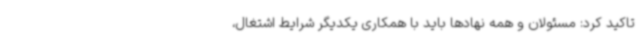
تاکید کرد: مسئولان و همه نهادها باید با همکاری یکدیگر شرایط اشتغال،